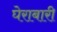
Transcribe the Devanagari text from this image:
घेराबारी